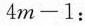
4 m - 1$$：